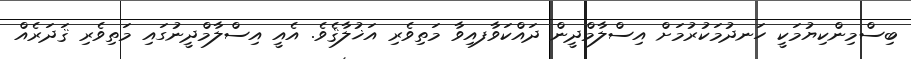
ބިސްމިންކިޔުމަކީ ހަނދުމަކުރުމަށް އިސްލާމްދީން ދައްކަވާފއިވާ މަތިވެރި އަޚުލާޤެވެ. އެއީ އިސްލާމްދީނުގައި މަތިވެރި ޤަދަރެއް